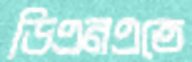
ডিএনএতে